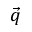
\vec { q }